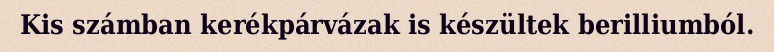
Kis számban kerékpárvázak is készültek berilliumból.